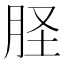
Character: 𦙾